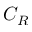
C _ { R }